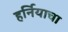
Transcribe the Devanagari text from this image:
हर्नियाचा